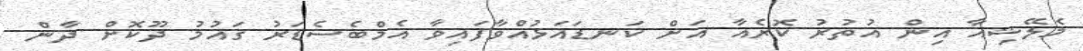
މެލޭޝިއާ އިން އުތުރު ކޮރެއާ އަށް ކަނޑައަޅުއްވާފައިވާ އެމްބެސެޑަރު ގައުމު ދޫކޮށް ދާން